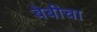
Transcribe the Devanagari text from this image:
बेबीचा